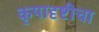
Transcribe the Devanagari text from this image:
कृपादृष्टीचा